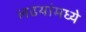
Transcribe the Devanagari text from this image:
लढयांमध्ये